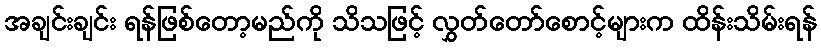
အချင်းချင်း ရန်ဖြစ်တော့မည်ကို သိသဖြင့် လွှတ်တော်စောင့်များက ထိန်းသိမ်းရန်